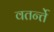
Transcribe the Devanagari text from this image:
वतर्न्ते